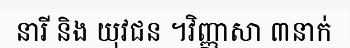
នារី និង យុវជន ។វិញ្ញាសា ៣នាក់